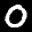
Label: 0